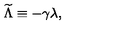
{ \widetilde \Lambda } \equiv - \gamma \lambda ,